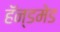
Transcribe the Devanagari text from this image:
हॅन्डमेड